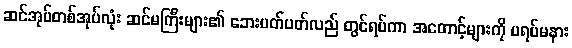
ဆင်အုပ်တစ်အုပ်လုံး ဆင်မကြီးများ၏ ဘေးပတ်ပတ်လည် တွင်ရပ်ကာ အတောင့်များကို မရပ်မနား